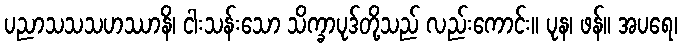
ပညာသသသဟဿာနိ၊ ငါးသန်းသော သိက္ခာပုဒ်တို့သည် လည်းကောင်း။ ပုန၊ ဖန်။ အပရေ၊